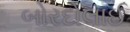
બોરદોલાઈ